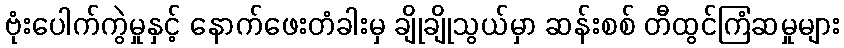
ဗုံးပေါက်ကွဲမှုနှင့် နောက်ဖေးတံခါးမှ ချိုချိုသွယ်မှာ ဆန်းစစ် တီထွင်ကြံဆမှုများ